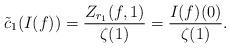
LaTeX: \begin{align*} \tilde{c}_1(I(f))=\frac{Z_{r_1}(f,1)}{\zeta(1)}=\frac{I(f)(0)}{\zeta(1)}. \end{align*}